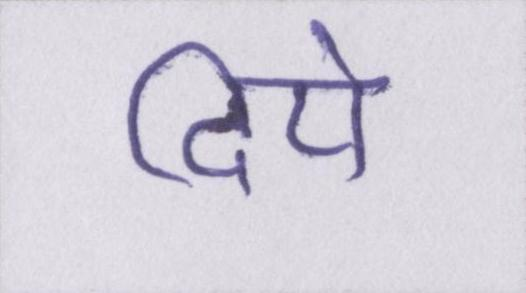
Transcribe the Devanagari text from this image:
दिये